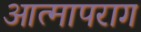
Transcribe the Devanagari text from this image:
आत्मापराग